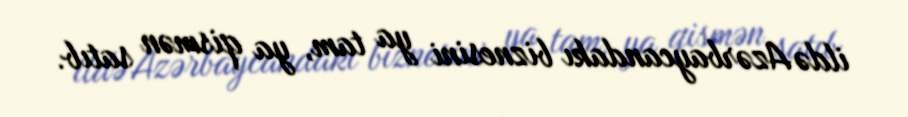
ildə Azərbaycandakı biznesini ya tam, ya qismən satıb.